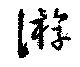
游